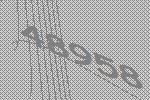
48958